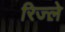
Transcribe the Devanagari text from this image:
रिज्ल़े